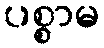
ပစ္စာမ